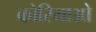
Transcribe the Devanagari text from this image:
कोरियाओ